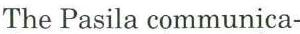
The Pasila communica-